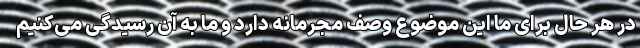
در هر حال برای ما این موضوع وصف مجرمانه دارد و ما به آن رسیدگی می‌کنیم